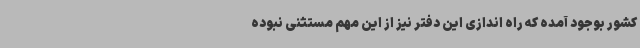
کشور بوجود آمده که راه اندازی این دفتر نیز از این مهم مستثنی نبوده